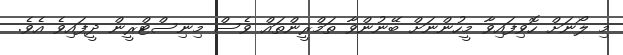
މި ލޯނަށް ހޮވިފައިވާ މީހުންނަށް ބޭނުންވާ ތަމްރީންތައް ވެސް މިނިސްޓްރީން ދީފައިވެ އެވެ.